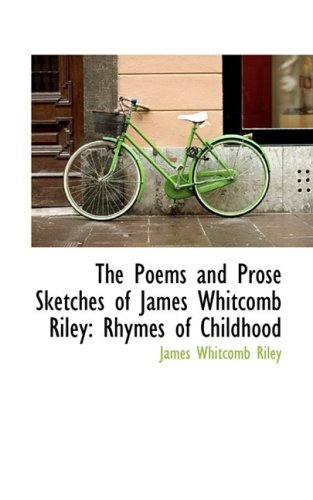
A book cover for The Poems and Prose Sketches of James Whitcomb Riley: Rhymes of Childhood (Bibliolife Reproduction); James Whitcomb Riley; Crafts, Hobbies & Home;